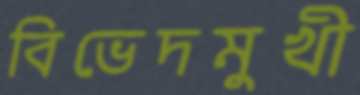
বিভেদমুখী